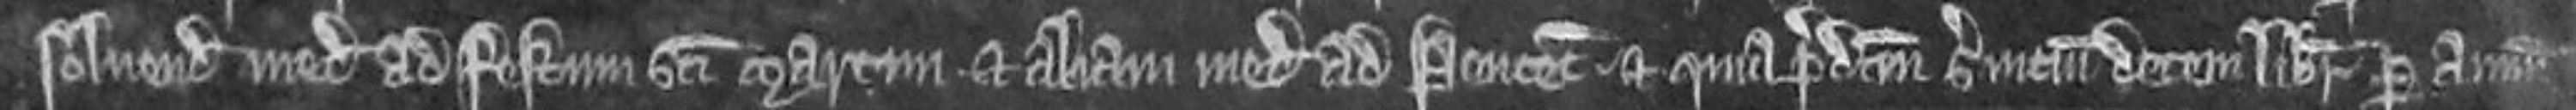
solvendo medietatem ad festum sancti Martini et aliam medietatem ad Pentecostem et quia predictum servicium decem librarum per annum